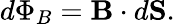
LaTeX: d\Phi_{B}=\mathbf{B}\cdot d\mathbf{S}.